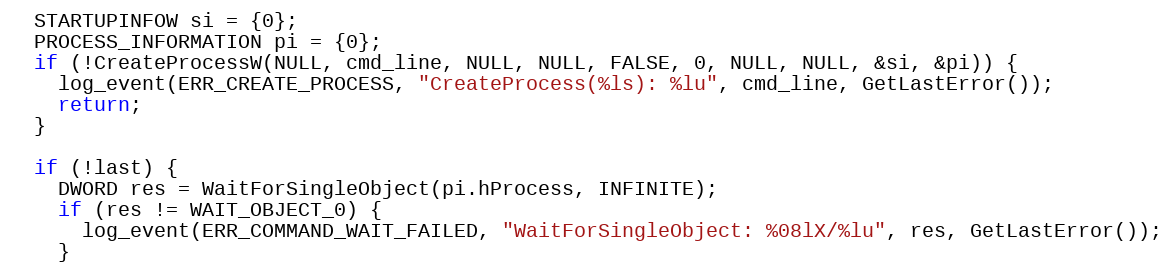
Language: C
  STARTUPINFOW si = {0};
  PROCESS_INFORMATION pi = {0};
  if (!CreateProcessW(NULL, cmd_line, NULL, NULL, FALSE, 0, NULL, NULL, &si, &pi)) {
    log_event(ERR_CREATE_PROCESS, "CreateProcess(%ls): %lu", cmd_line, GetLastError());
    return;
  }

  if (!last) {
    DWORD res = WaitForSingleObject(pi.hProcess, INFINITE);
    if (res != WAIT_OBJECT_0) {
      log_event(ERR_COMMAND_WAIT_FAILED, "WaitForSingleObject: %08lX/%lu", res, GetLastError());
    }